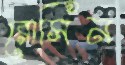
রোসিন